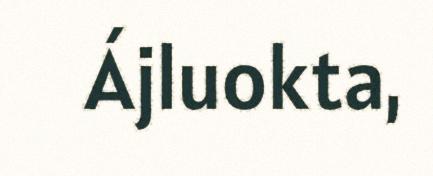
Ájluokta,